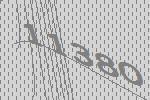
11380